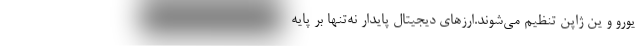
یورو و ین ژاپن تنظیم می‌شوند.ارزهای دیجیتال پایدار نه‌تنها بر پایه